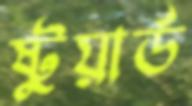
ষ্টুয়ার্ড